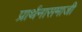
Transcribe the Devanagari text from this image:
प्रार्थनासमाजी